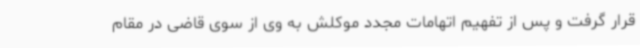
قرار گرفت و پس از تفهیم اتهامات مجدد موکلش به وی از سوی قاضی در مقام